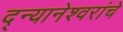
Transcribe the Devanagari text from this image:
द्न्यानेश्वरांचे